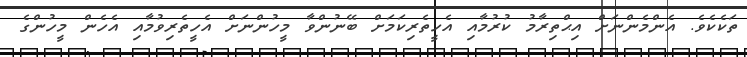
ތަކެކެވެ. އެންމެންނަށް އިޙްތިރާމު ކުރުމާއި އެހީތެރިކަމަށް ބޭނުންވާ މީހުންނަށް އެހީތެރިވުމާއި އެހެން މީހުންގެ